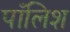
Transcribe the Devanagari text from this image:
पाँलिश